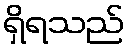
ရှိရသည်